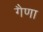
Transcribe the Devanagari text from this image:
गैणा